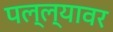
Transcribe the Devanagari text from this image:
पल्ल्यावर